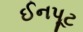
ઈનપૂટ